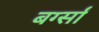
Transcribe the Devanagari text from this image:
बर्ग्साँ